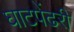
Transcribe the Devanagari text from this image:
घाटपेंढरी